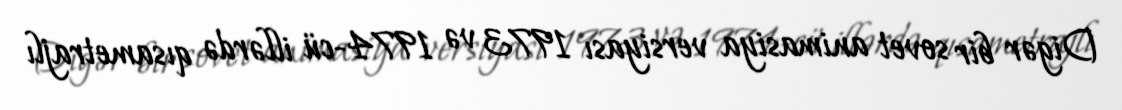
Digər bir sovet animasiya versiyası 1973 və 1974-cü illərdə qısametrajlı